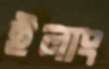
ইলাং